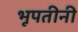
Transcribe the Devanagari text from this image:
भूपतीनी